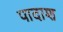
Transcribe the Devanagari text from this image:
पादाश